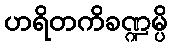
ဟရိတကိခဏ္ဍမ္ပိ